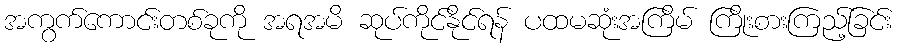
အကွက်ကောင်းတစ်ခုကို အရအမိ ဆုပ်ကိုင်နိုင်ရန် ပထမဆုံးအကြိမ် ကြိုးစားကြည့်ခြင်း